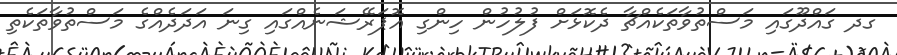
ގދ ގައްދޫގައި މަސްތުވާތަކެއްޗާ ދެކޮޅަށް ފުލުހުން ހިންގި އޮޕަރޭޝަނެއްގައި ގިނަ އަދަދެެއްގެ މަސްތުވާތަކެތި